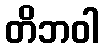
တိဘဝါ